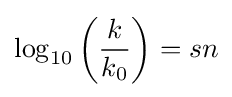
\log _{10}\left({\frac {k}{k_{0}}}\right)=sn